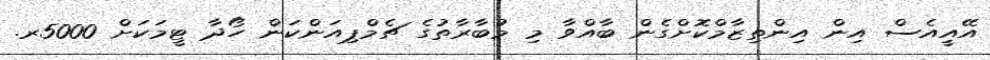
އޭއީއެސް އިން އިންތިޒާމްކޮށްގެން ބާއްވާ މި މުބާރާތުގެ ޗެމްޕިއަންކަން ހޯދާ ޓީމަކަށް 5000ރ.